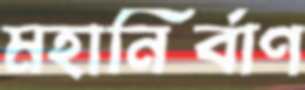
মহানির্বাণ